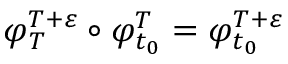
\varphi _ { T } ^ { T + \varepsilon } \circ \varphi _ { t _ { 0 } } ^ { T } = \varphi _ { t _ { 0 } } ^ { T + \varepsilon }